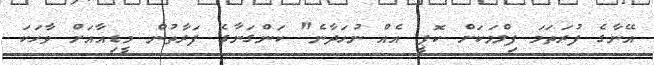
އޭނާގެ ފުރަތަމަ ފިލްމަކަށް ކޮޕީ އެއް ނުހަދާނެ" ކަންގަނާގެ ފަރާތުން މީޑިއާއަށް ވާހަކަ